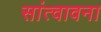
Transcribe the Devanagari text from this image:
सांत्वावना